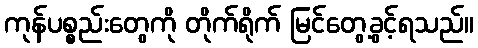
ကုန်ပစ္စည်းတွေကို တိုက်ရိုက် မြင်တွေ့ခွင့်ရသည်။